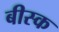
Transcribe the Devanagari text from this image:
बीस्क